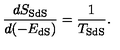
\frac { d S _ { \mathrm { S d S } } } { d ( - E _ { \mathrm { d S } } ) } = \frac { 1 } { T _ { \mathrm { S d S } } } .